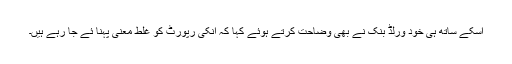
اسکے ساتھ ہی خود ورلڈ بنک نے بھی وضاحت کرتے ہوئے کہا کہ انکی رپورٹ کو غلط معنی پہنا ئے جا رہے ہیں۔